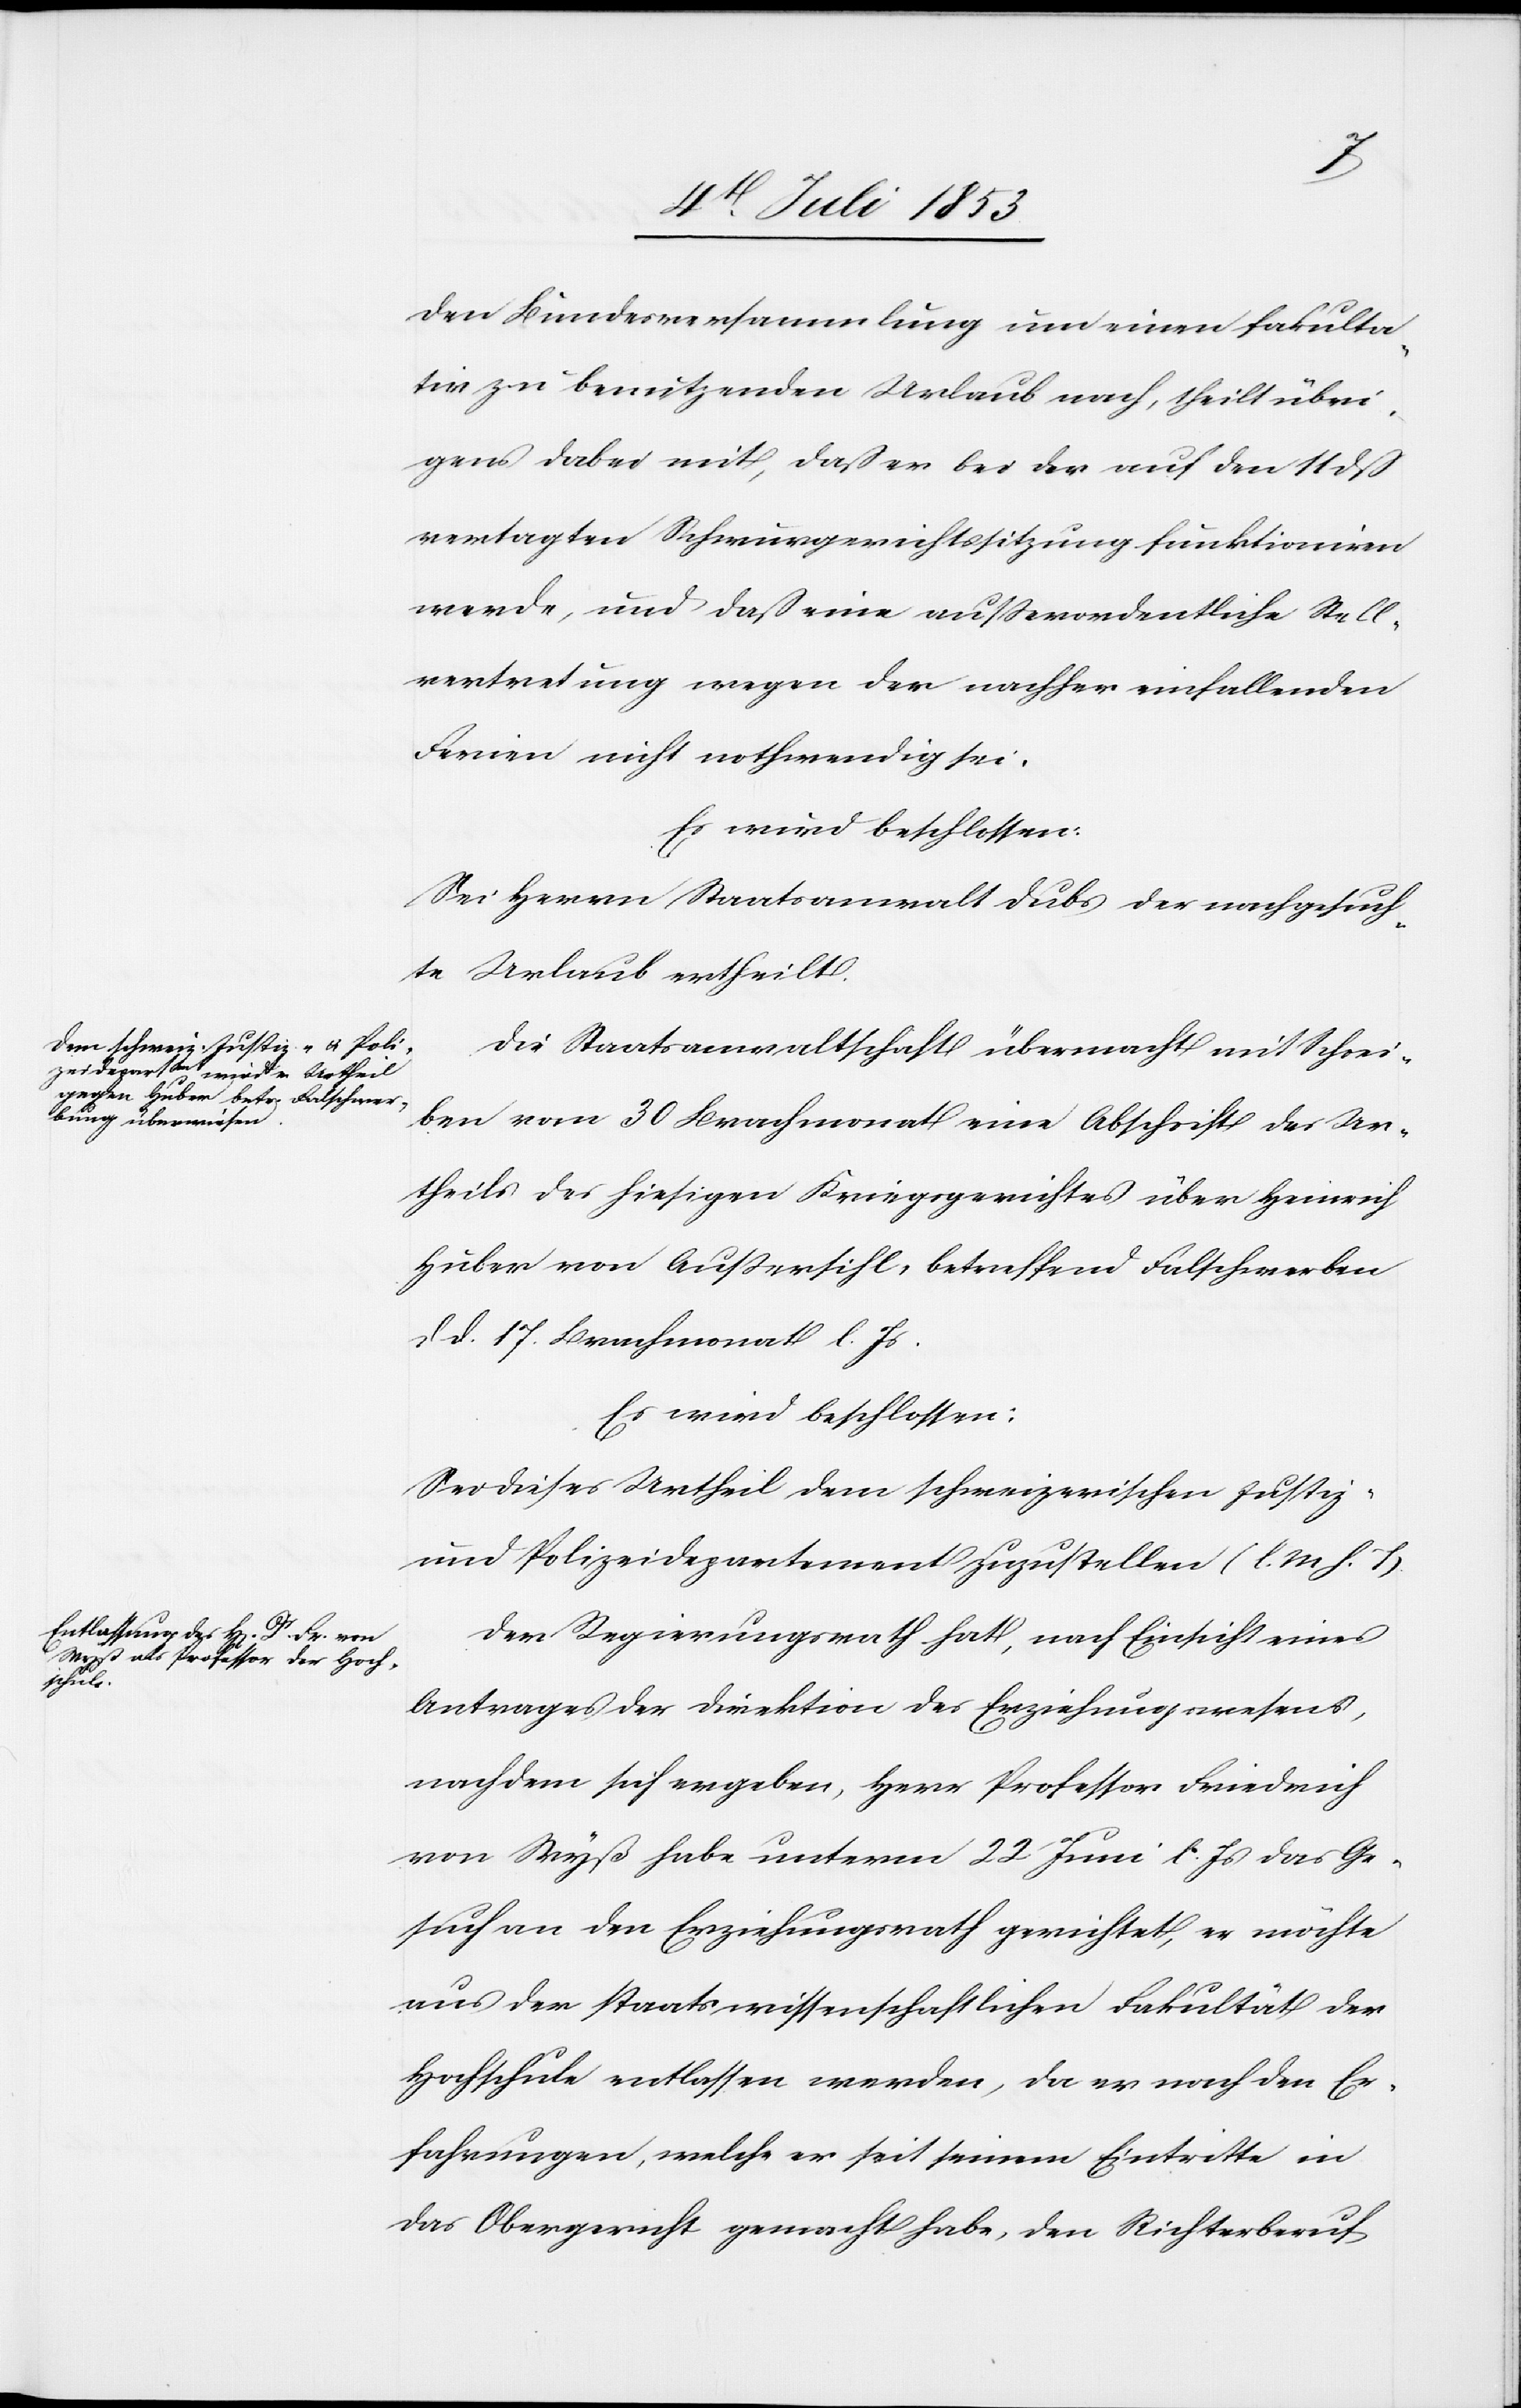
den Bundesversammlung um einen fakulta¬
tiv zu benutzenden Urlaub nach, theilt übri¬
gens dabei mit, daß er bei der auf den 11 dß
vertagten Schwurgerichtssitzung funktioniren
werde, und daß eine außerordentliche Stell¬
vertretung wegen der nachher einfallenden
Ferien nicht nothwendig sei.
Es wird beschloßen:
Sei Herrn Staatsanwalt Dubs der nachgesuch¬
te Urlaub ertheilt.
Die Staatsanwaltschaft übermacht mit Schrei¬
ben vom 30 Brachmonat eine Abschrift des Ur¬
theils des hiesigen Kreisgerichtes über Heinrich
Huber von Außersihl, betreffend Falschwerben
d. d. 17 Brachmonat l. Js.
Es wird beschloßen:
Sei dieses Urtheil dem schweizerischen Justiz-
u. Polizeidepartement zuzustellen. [l. M. h. T.]
Der Regierungsrath hat, nach Einsicht eines
Antrages der Direktion des Erziehungwesens,
nachdem sich ergeben, Herr Professor Friedrich
von Wyß habe unterm 22 Juni l. Js. das Ge¬
such an den Erziehungsrath gerichtet, er möchte
aus der staatswissenschaftlichen Fakultät der
Hochschule entlassen werden, da er nach den Er¬
fahrungen, welche er seit seinem Eintritte in
das Obergericht gemacht habe, den Richterberuf